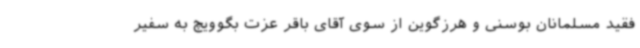
فقید مسلمانان بوسنی و هرزگوین از سوی آقای باقر عزت بگوویچ به سفیر